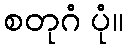
စတုဂံ ပုံ။